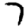
Digit: 7